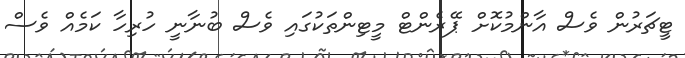
ޓީޗަރުން ވެސް އާންމުކޮށް ޕޭރެންޓް މީޓިންތަކުގައި ވެސް ބުނާނީ ހުރިހާ ކަމެއް ވެސް